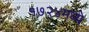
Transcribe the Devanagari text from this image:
१७२४मध्ये